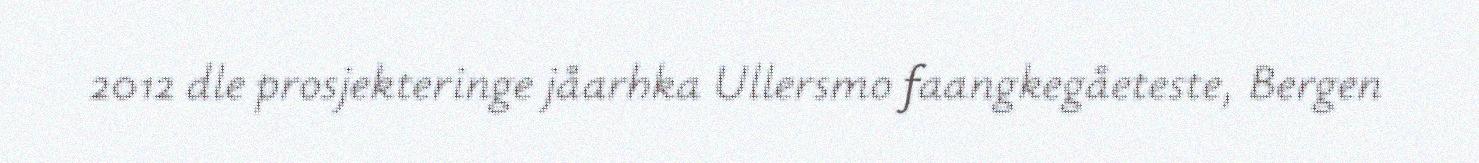
2012 dle prosjekteringe jåarhka Ullersmo faangkegåeteste, Bergen